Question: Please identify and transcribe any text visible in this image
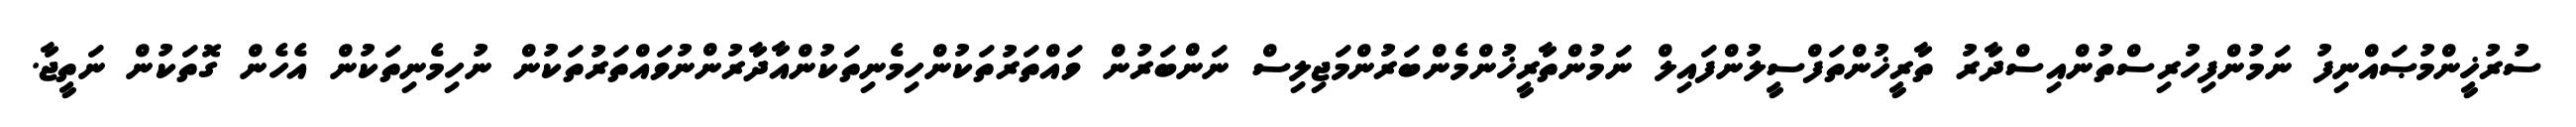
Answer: ސުރުޚީންމުޞައްނިފު ނަމުންފިހުރިސްތުންއިސްދާރު ތާރީޚުންތަފްސީލުންފައިލް ނަމުންތާރީޚުންމެންބަރުންމަޖިލިސް ނަންބަރުން ވައްތަރުތަކުންހިމެނިތަކުންއާދާރުންނުވައްތަރުތަކުން ނުހިމެނިތަކުން އެހެން ގޮތަކުން ނަތީޖާ.